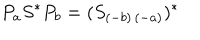
P _ { a } S ^ { \ast } P _ { b } = ( S _ { ( - b ) \, ( - a ) } ) ^ { \ast }